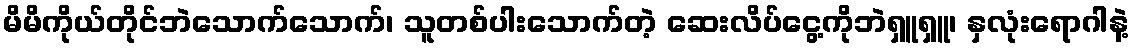
မိမိကိုယ်တိုင်ဘဲသောက်သောက်၊ သူတစ်ပါးသောက်တဲ့ ဆေးလိပ်ငွေ့ကိုဘဲရှူရှူ၊ နှလုံးရောဂါနဲ့